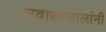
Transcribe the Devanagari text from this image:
जवाहरलालांनी